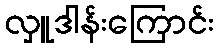
လှူဒါန်းကြောင်း